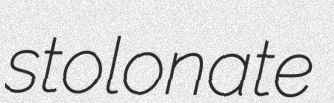
stolonate